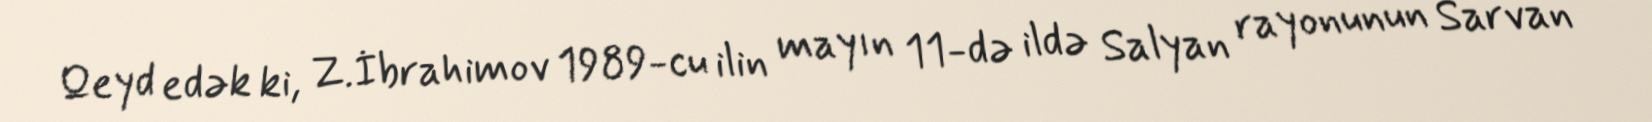
Qeyd edək ki, Z.İbrahimov 1989-cu ilin mayın 11-də ildə Salyan rayonunun Sarvan